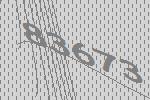
83673